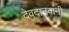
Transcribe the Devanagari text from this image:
देवदानवांनी